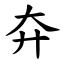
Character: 㚏